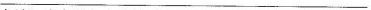
___